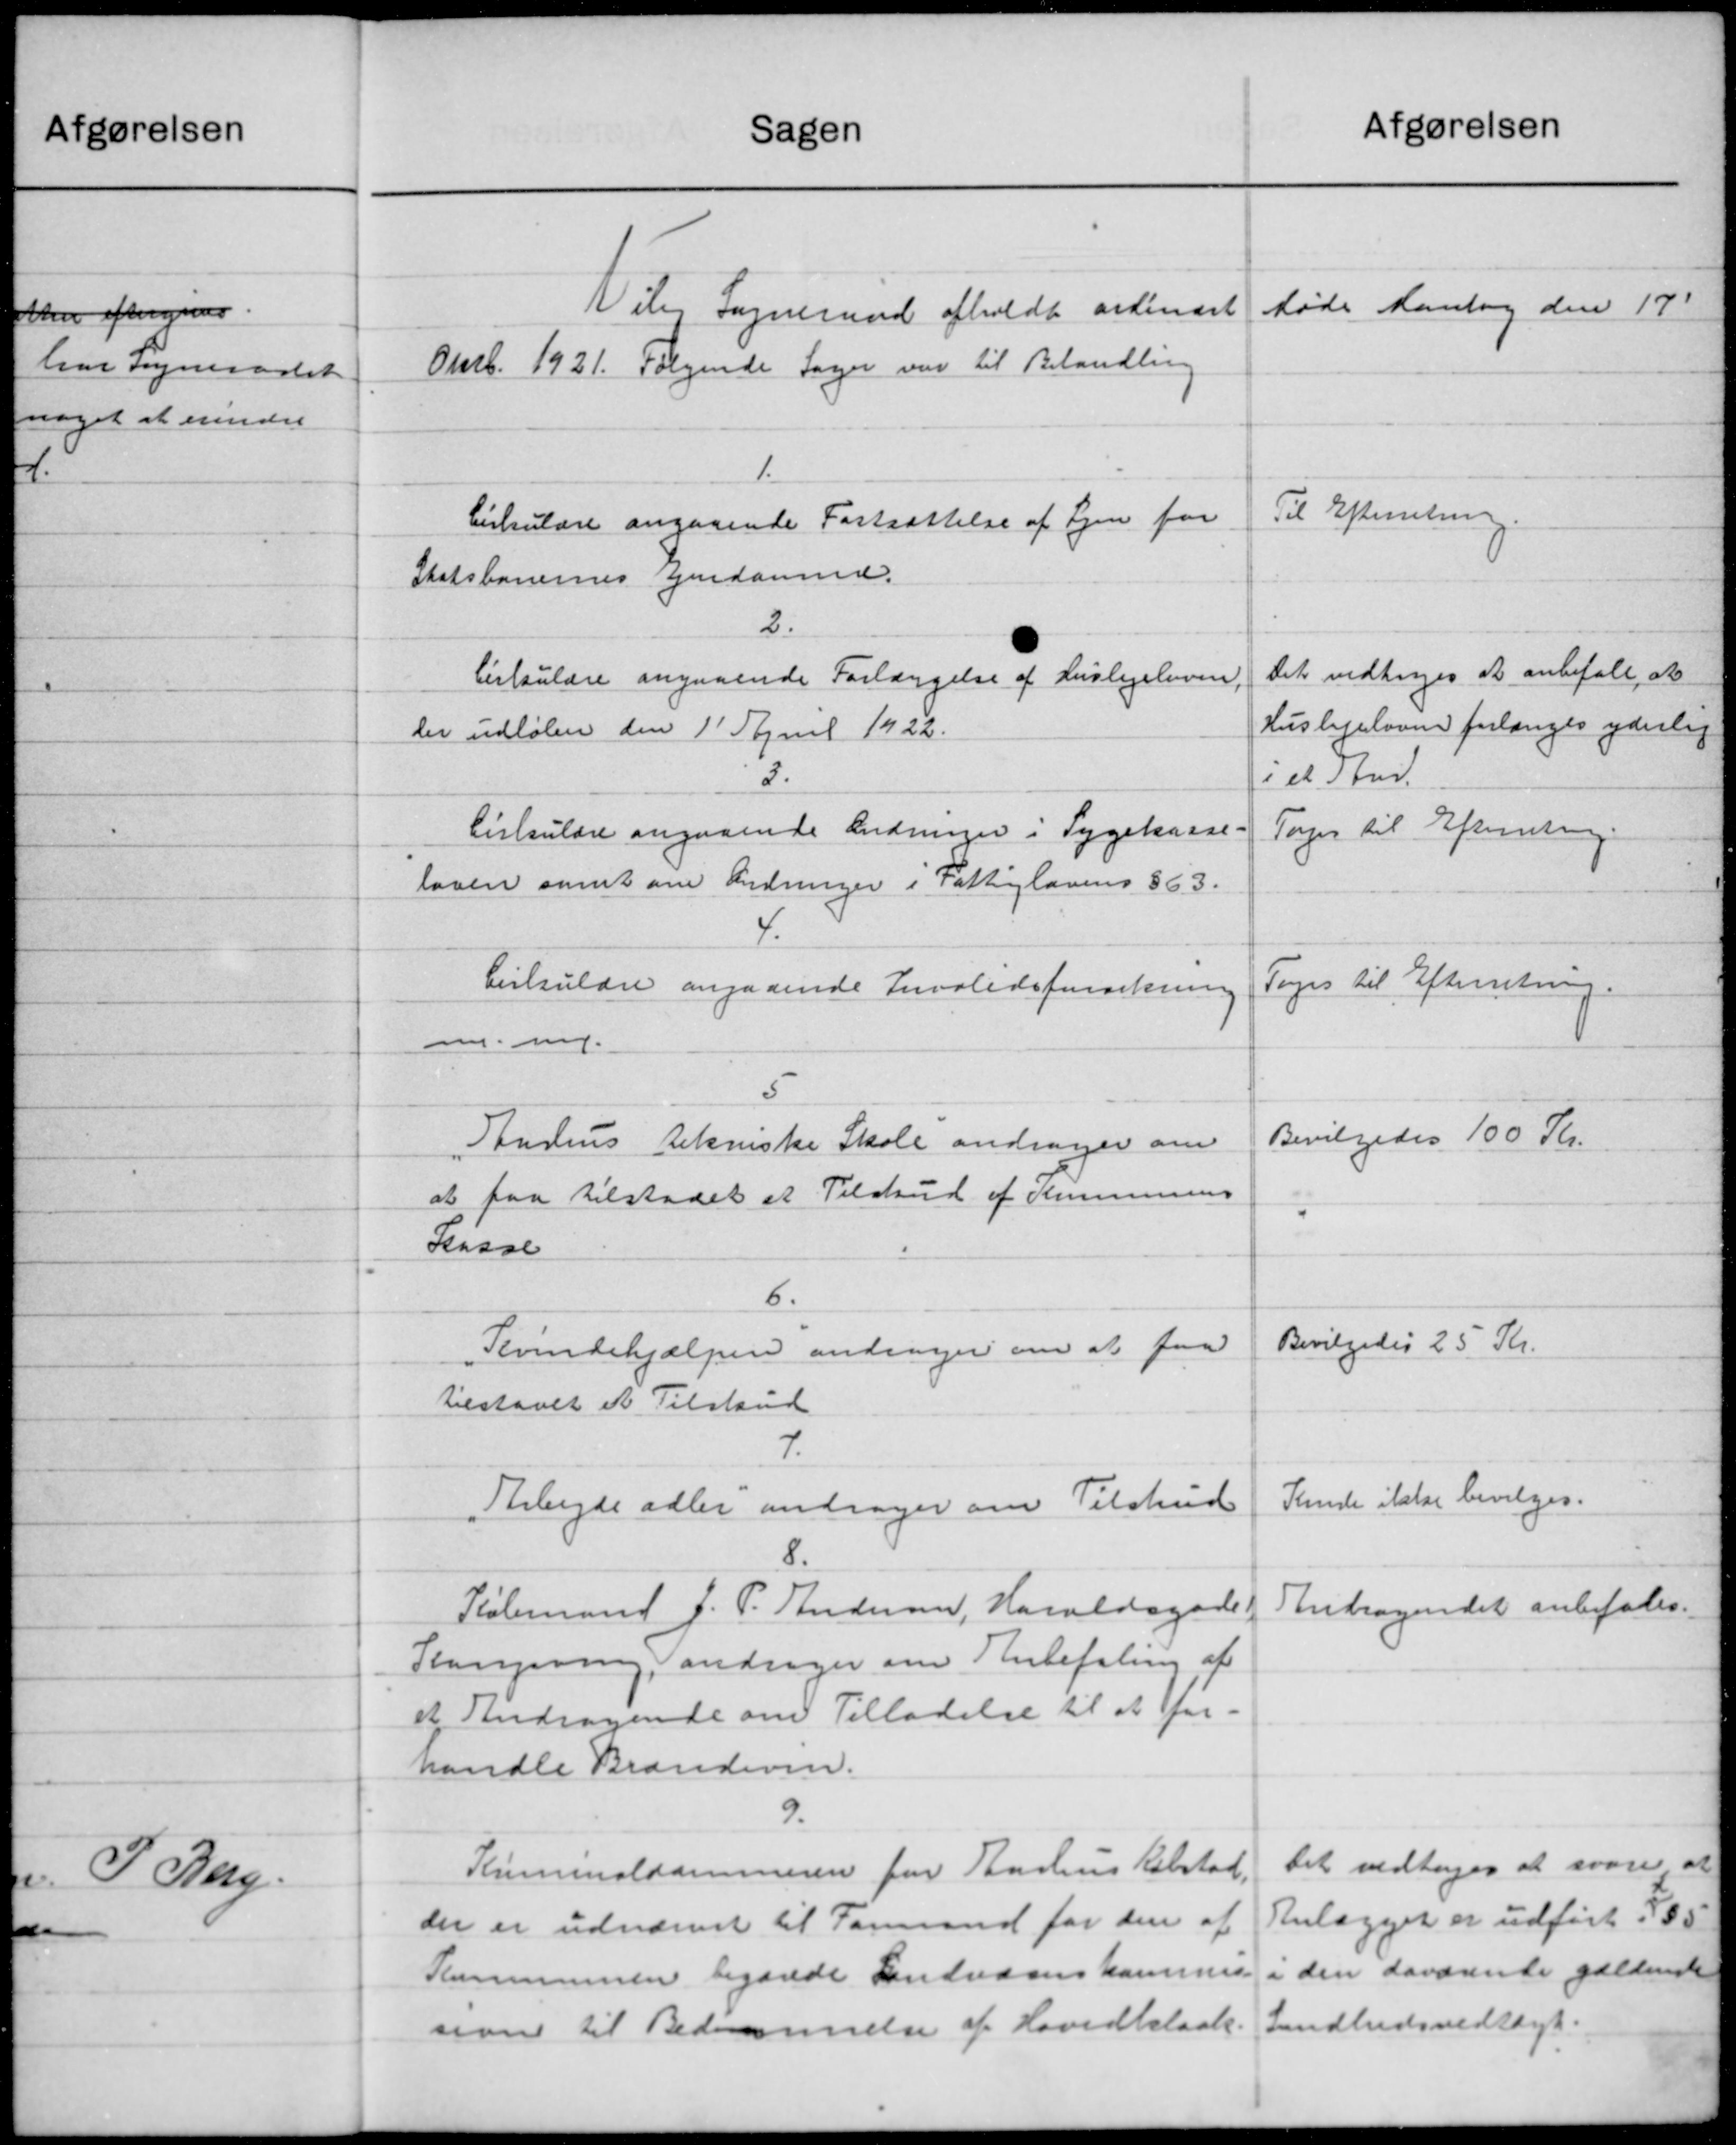
Transskription:
Sagen
Nile Sogneraad afholdt ordinært
Oktb. 1921. Følgende Sager var til Behandling
1.
Cirkulære angaaende Fastsættelse af Ejen for
Statsbanernes Ejendomme.
2.
Cirkulære angaaende Forlæggelse af Huslejeloven
Der udløber den 1' April 1922.
2.
Cirkulære angaaende Ændringer i Sygekasse-
loven samt om Indringer i Fattiglovens §63.
4.
Cirkulære angaaende Invalideforskning
mme.
5
Aurius tekniske Skole andrager om
at faa tilstaaet et Tilskud af Kommunens
Kasse
6.
Tevindehjælpen andrager om at faa
tilstaaet et Tilskud
7.
Arbejde adler andrager om Tilskud
8.
Købmand J. P. Andersen, Haraldsgade
Slangering, andrager om Anbefaling af
et Andragende om Tilladelse til at for
handle Brændeven.
9.
Kummaldammeren for Aarhus Købstad.
der er udnævnet til Formand for den af
Kommunen begærede Landvæsens kammes.
sion til Bedemmelse af Hovedkloak.